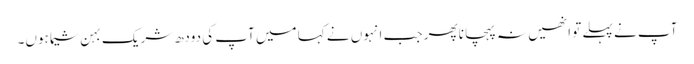
آپ نے پہلے تو انھیں نہ پہچانا پھر جب انہوں نے کہا میں آپ کی دودھ شریک بہن شیما ہوں۔